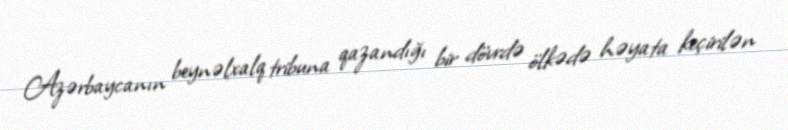
Azərbaycanın beynəlxalq tribuna qazandığı bir dövrdə ölkədə həyata keçirilən